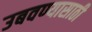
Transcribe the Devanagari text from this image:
उबवण्यासाठी